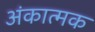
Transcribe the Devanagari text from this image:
अंकात्मक